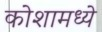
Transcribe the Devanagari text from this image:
कोशामध्ये